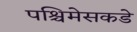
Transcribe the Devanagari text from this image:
पश्चिमेसकडे